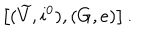
LaTeX: \left[ ( \widetilde { V } , i ^ { 0 } ) , ( G , e ) \right] .